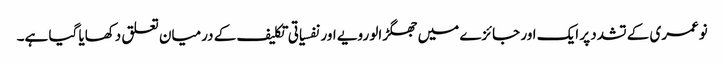
نوعمری کے تشدد پر ایک اور جائزے میں جھگڑالو رویے اور نفسیاتی تکلیف کے درمیان تعلق دکھایا گیا ہے۔